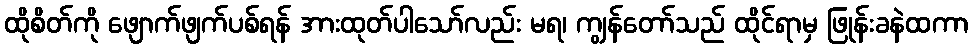
ထိုစိတ်ကို ဖျောက်ဖျက်ပစ်ရန် အားထုတ်ပါသော်လည်း မရ၊ ကျွန်တော်သည် ထိုင်ရာမှ ဖြုန်းခနဲထကာ